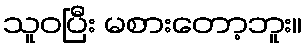
သူဝပြီး မစားတော့ဘူး။